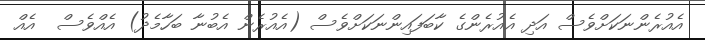
އެއުރެންނަކަށްވެސް އަދި އެއުރެންގެ ކާބަފައިންނަކަށްވެސް (އެއުރެން އެބުނާ ބަހާމެދު) އެއްވެސް  އެއް